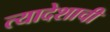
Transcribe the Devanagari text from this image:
त्यादेशाची